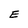
Character: E